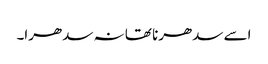
اسے سدھرنا تھا نہ سدھرا۔